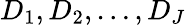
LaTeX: D_{1},D_{2},\ldots,D_{J}